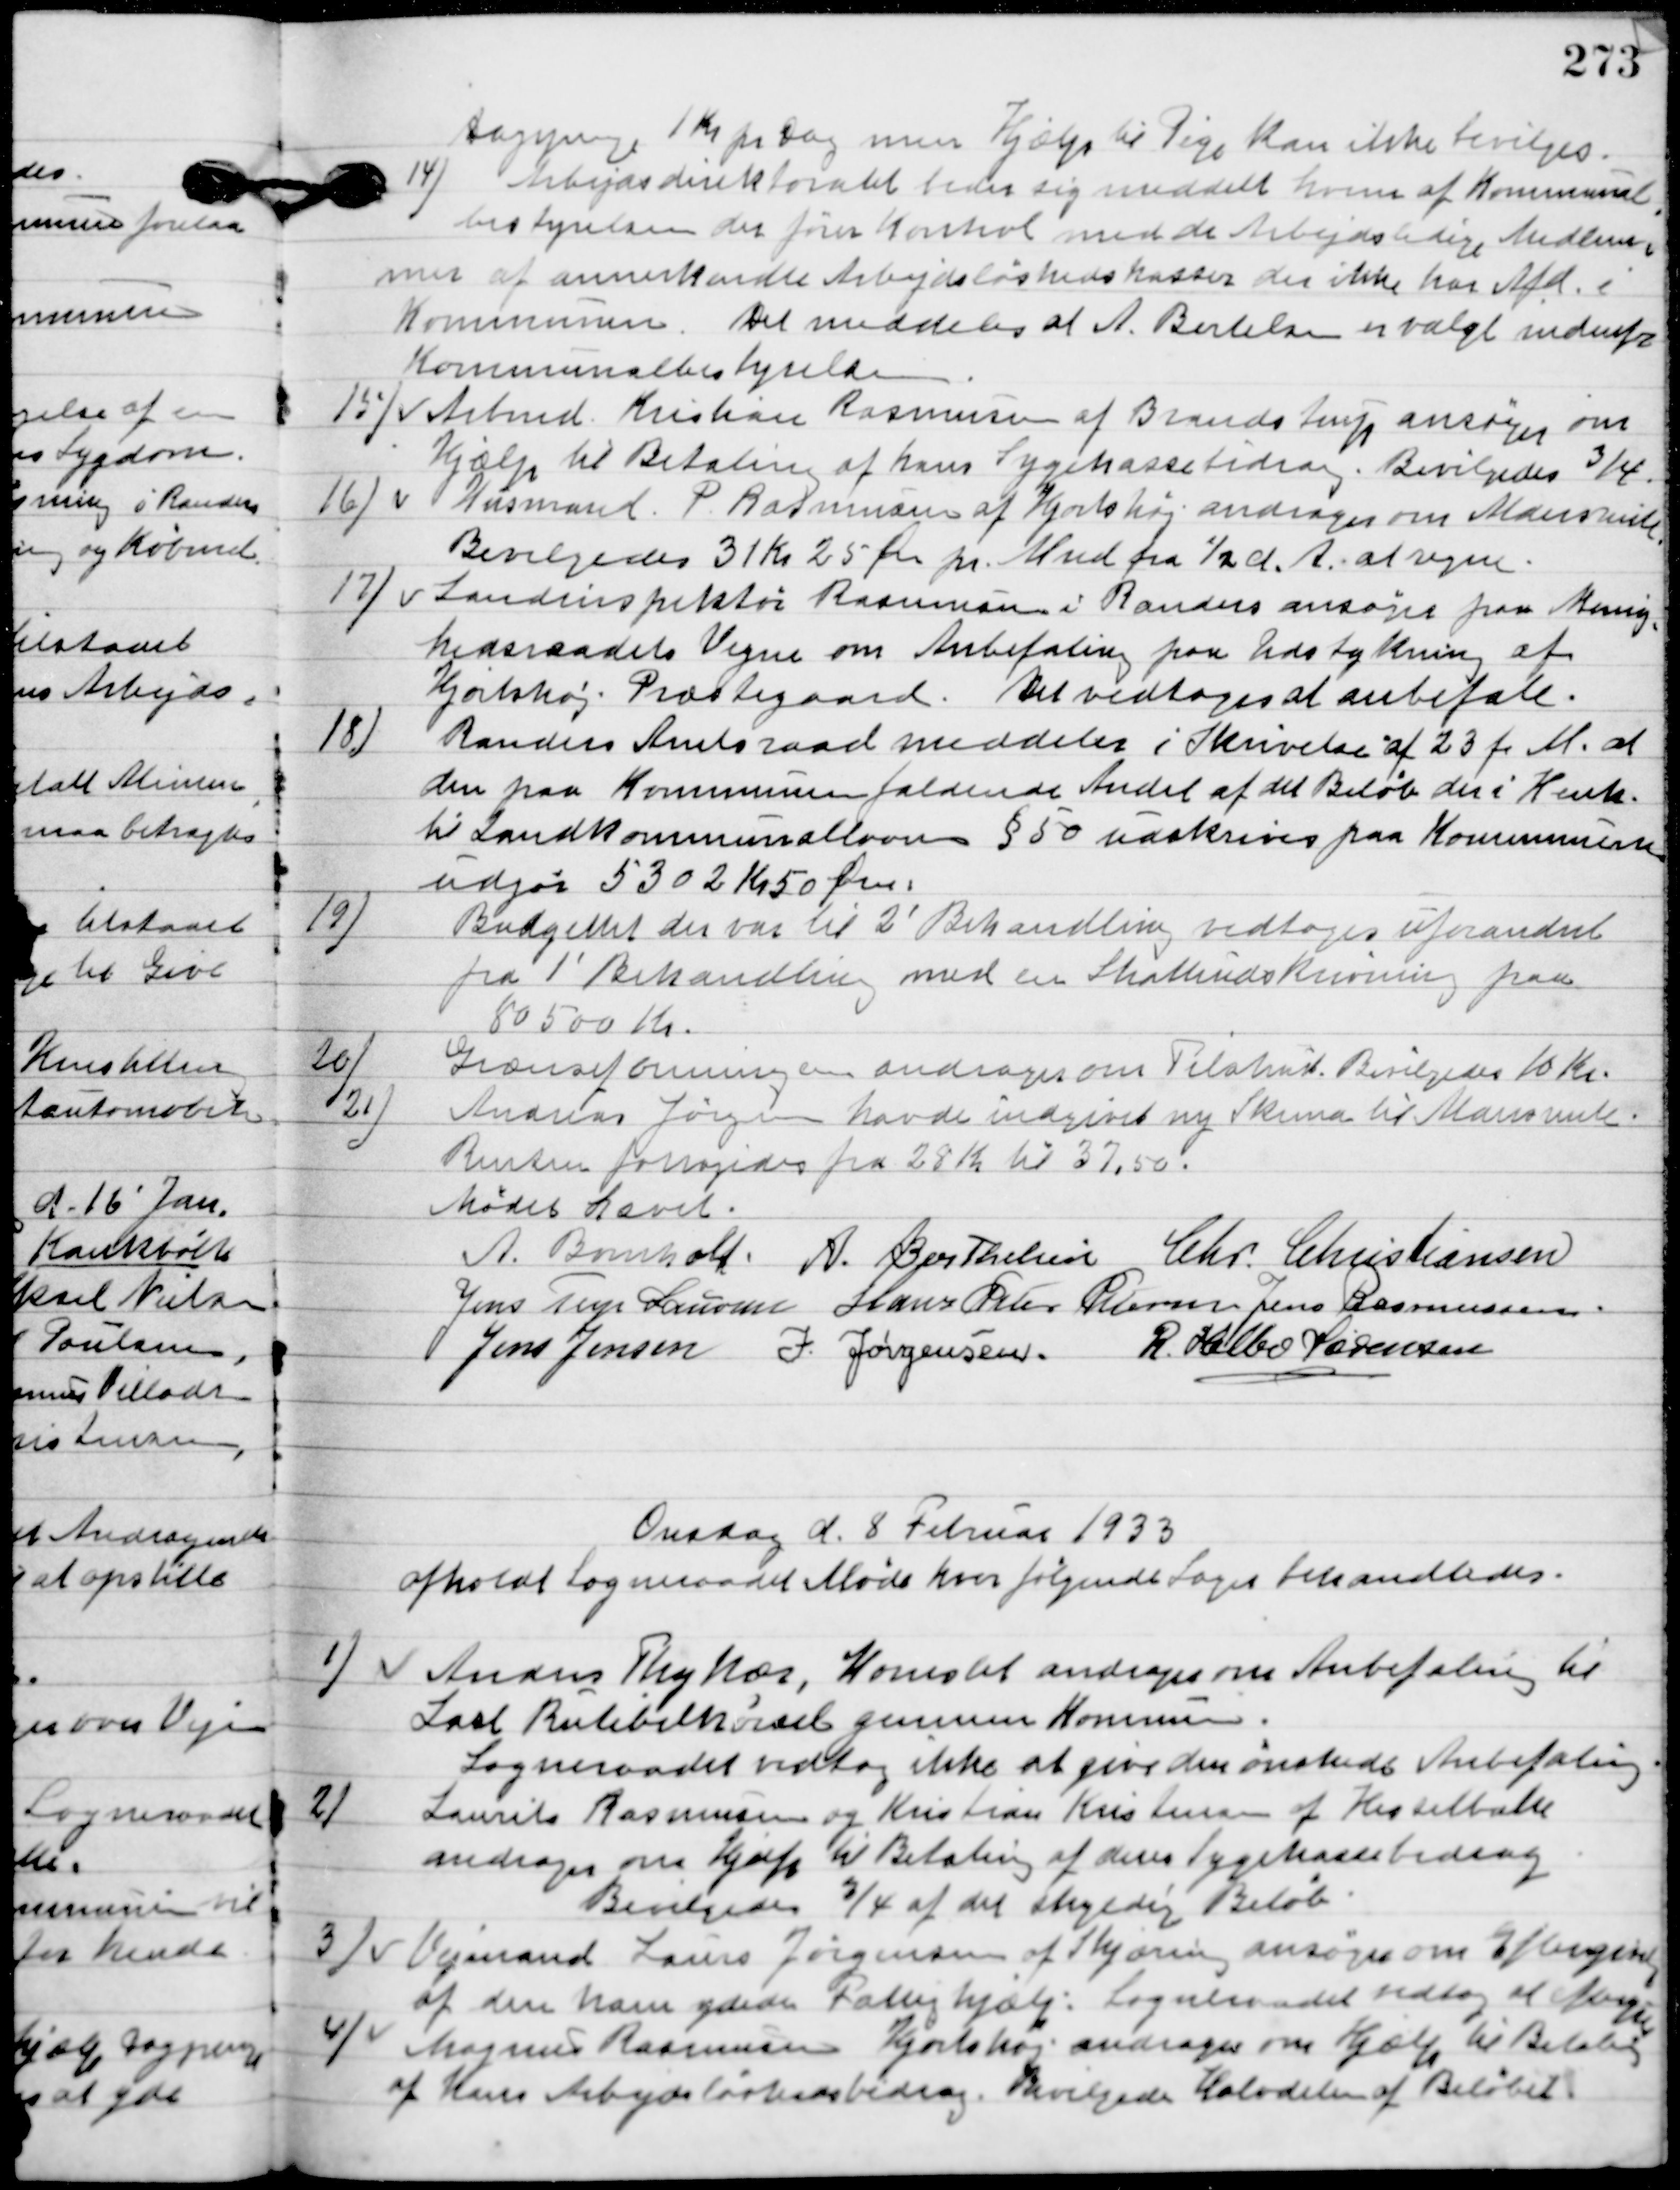
Transskription:
Dagpenge 1 Kr. pr. Dag, men Hjælps til Pige kan ikke bevilges.

14

Arbejdsdirektoratet beder sig meddelt hvem af Kommunal-
bestyrelsen der fører Kontrol med de Arbejdsledige Medlem-
mer af annerkendte Arbejdsløshedskasser der ikke har Afd. I 
Kommunen. Det meddeles at A. Bertelsen er valgt indenfor
Kommunalbestyrelsen.

15.

Arbmd. Kristian Rasmussen af Brandstrup ansøger om
hjælp til Betaling af hans Sygekassebedrag.
Bevilgedes 3/4 .

16

Husmand P. Rasmussen af Hjorthøj andrager om Aldersrente.
Bevilgedes 31 Kr. 25 Øre pr. Mnd. Fra 1/2 d. A. at regne.

17

Landinspektør Rasmussen i Randers ansøger paa Menig-
hedsraaets vegne om Anbefaling paa Udstykning af
Hjortshøj Præstegaard.
Det vedtoges at anbefale.

18

Randers Amtsraad meddeler i Skrivelse af 23 f. M. at 
den paa Kommunen faldende Andel af det Beløb der i henh. 
til Landkommunallovens § 50 udskrives paa Kommunerne
udgør 5302 Kr. 50 Øre.

19

Budgettet der var til 2´ Behandling vedtoges uforandret
fra 1´ Behandling med en skatteudskrivning paa
80500 Kr.

20.

Grænseforeningen andrager om Tilskud.
Bevilgedes 10 Kr.

21

Anders Jørgensen havde indgivet ny Skema til Aldersrenten.
Renten forhøjes fra 28 Kr. til 37,50.

Mødet hævet.

A. Bomholt
A. Berthelsen
Chr. Christiansen
Jens Terp Laursen
Hans Peter Pedersen
Jens Rasmussen
Jens Jensen
I. Jørgensen
R. Helbo Sørensen

Onsdag d. 8. Februar 1933
afholdt Sogneraadet Møde hvor følgende Sager behandledes.

1

Anders Thykær, Hornslet andrager om anbefaling til
Lars Rutebilkørsel gennem Kommunen.
Sogneraadet vedtog ikke at give den ønskede anbefaling.

2

Laurits Rasmussen og Kristian Kristensen af Hesselballe
andrager om Hjælp til Betaling af deres sygekassebidrag.
Bevilgedes ¾ af det skyldige Beløb.

3

Vejmand Laurs Jørgensen af Skjæring ansøger om Eftergivelse
af den ham ydede Fattighjælp.
Sogneraadet vedtog at eftergive.

4

Magnus Rasmussen Hjorthøj andrager om Hjælp til Betaling
af hans Arbejdsløshedsbidrag.
Bevilgede Halvdelen af Beløbet.